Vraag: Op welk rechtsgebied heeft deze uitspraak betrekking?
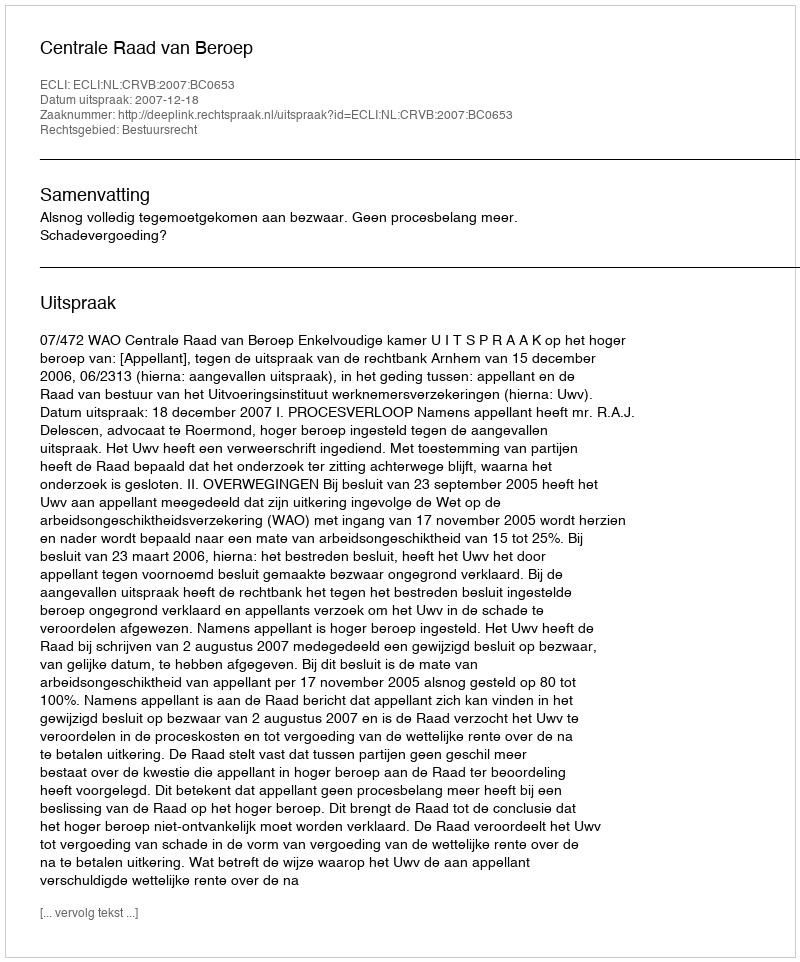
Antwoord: Bestuursrecht